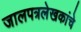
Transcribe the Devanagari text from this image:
जालपत्रलेखकांचे